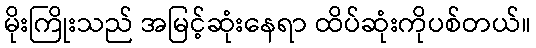
မိုးကြိုးသည် အမြင့်ဆုံးနေရာ ထိပ်ဆုံးကိုပစ်တယ်။